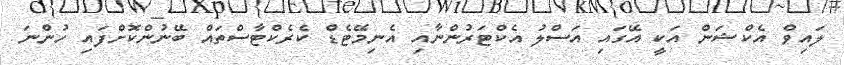
ލައިވް އެކްޝަން އަކީ އޭގައި އަސްލު އެކްޓަރުންނާއި އެނިމޭޓެޑް ކެރެކްޓާސްތައް ބޭނުންކޮށްފައި ހުންނަ